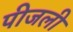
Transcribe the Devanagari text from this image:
पीजली